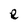
Character: e